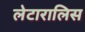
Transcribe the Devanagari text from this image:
लेटारालिस